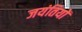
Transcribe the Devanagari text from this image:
जयंतियों